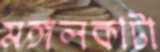
মঙ্গলকাটা